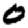
Digit: 0